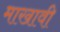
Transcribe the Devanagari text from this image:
माखावी